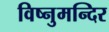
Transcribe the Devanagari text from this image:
विष्नुमन्दिर